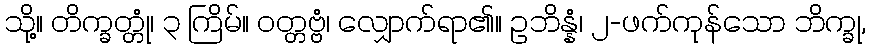
သို့။ တိက္ခတ္တုံ၊ ၃ ကြိမ်။ ဝတ္တဗ္ဗံ၊ လျှောက်ရာ၏။ ဥဘိန္နံ၊ ၂-ဖက်ကုန်သော ဘိက္ခု,